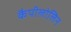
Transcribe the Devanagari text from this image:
कैपीलोलिन